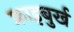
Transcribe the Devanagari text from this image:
फ्राइबुर्ख